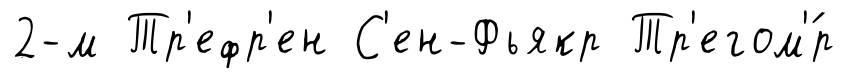
2-м Тр'ефр'ен С'ен-Фьякр Тр'егом'́р